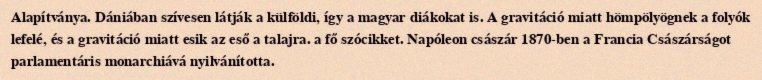
Alapítványa. Dániában szívesen látják a külföldi, így a magyar diákokat is. A gravitáció miatt hömpölyögnek a folyók lefelé, és a gravitáció miatt esik az eső a talajra. a fő szócikket. Napóleon császár 1870-ben a Francia Császárságot parlamentáris monarchiává nyilvánította.